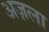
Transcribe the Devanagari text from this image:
अज़ला